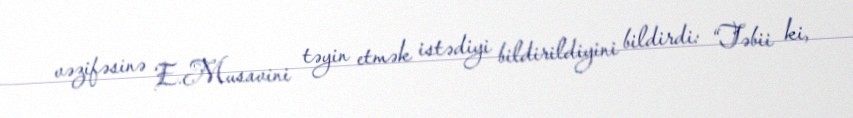
vəzifəsinə E.Musavini təyin etmək istədiyi bildirildiyini bildirdi: “Təbii ki,